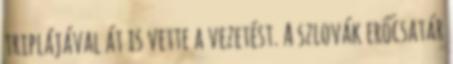
triplájával át is vette a vezetést. A szlovák erőcsatár